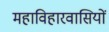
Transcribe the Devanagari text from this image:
महाविहारवासियों